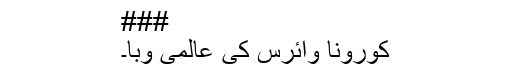
###
کورونا وائرس کی عالمی وبا۔